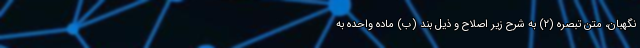
نگهبان، متن تبصره (۲) به شرح زیر اصلاح و ذیل بند (ب) ماده واحده به